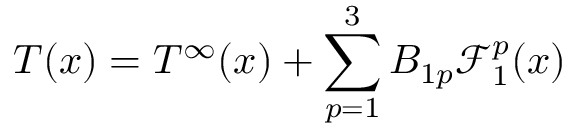
T ( \boldsymbol { x } ) = T ^ { \infty } ( \boldsymbol { x } ) + \sum _ { p = 1 } ^ { 3 } B _ { 1 p } \mathcal { F } _ { 1 } ^ { p } ( \boldsymbol { x } )